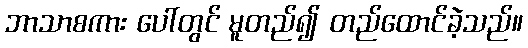
ဘာသာစကား ပေါ်တွင် မူတည်၍ တည်ထောင်ခဲ့သည်။